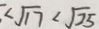
\sqrt { 1 7 } < \sqrt { 2 5 }